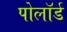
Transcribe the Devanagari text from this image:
पोलॉर्ड